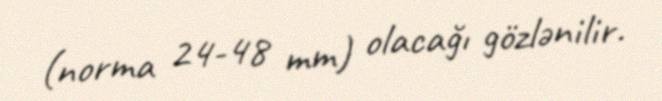
(norma 24-48 mm) olacağı gözlənilir.